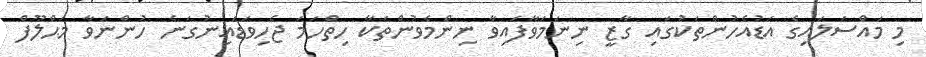
މި މައްސަލައިގެ އަޑުއެހުންތަކުގައި ގާޒީ ނިނަމަވާފައިވާ ނިންމެވުންތަކާ ހިތްހަމަ ޖެހިވަޑައިނުގަނެ ހުންނަވާ މަޙްލޫފް